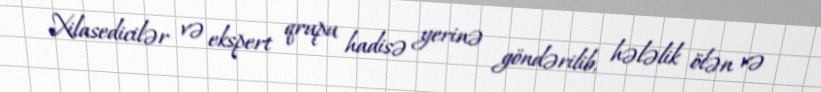
Xilasedicilər və ekspert qrupu hadisə yerinə göndərilib, hələlik ölən və